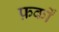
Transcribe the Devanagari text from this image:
फ़र्कों